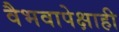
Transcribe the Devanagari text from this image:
वैभवापेक्षाही